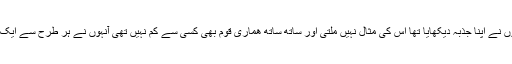
اس عظیم جنگ میں جہاں فوجیوں نے اپنا جذبہ دیکھایا تھا اس کی مثال نہیں ملتی اور ساتھ ساتھ ھماری قوم بھی کسی سے کم نہیں تھی آنہوں نے ہر طرح سے ایک اور متحد قوم کا ثبوت پیش کیا۔